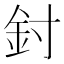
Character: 𨥇